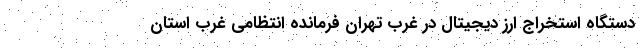
دستگاه‌ استخراج ارز دیجیتال در غرب تهران فرمانده انتظامی غرب استان